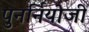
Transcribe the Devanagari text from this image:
पुनर्नियोजी